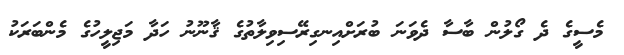
މެސީގެ ދެ ގޯލުން ބާސާ ދެވަނަ ބުރަށްއިނގިރޭސިވިލާތުގެ ޤާނޫނު ހަދާ މަޖިލީހުގެ މެންބަރަކު